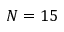
N = 1 5